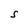
Character: S